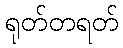
ရုတ်တရတ်